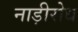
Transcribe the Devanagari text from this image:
नाड़ीरोध